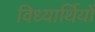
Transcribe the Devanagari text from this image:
विध्यार्थियों